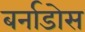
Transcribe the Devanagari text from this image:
बर्नाडोस